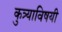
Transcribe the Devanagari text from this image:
कुत्र्याविषयी